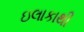
ઇલાકાથી